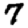
Digit: 7